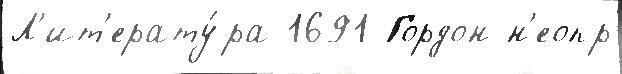
Л'ит'ерату́ра 1691 Гордон н'еопр